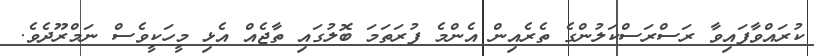
ކުރައްވާފައިވާ ރަސްރަސްކަލުންގެ ތެރެއިން އެންމެ ފުރަތަމަ ބޮލުގައި ތާޖެއް އެޅި މީހަކީވެސް ނަމްރޫދެވެ.